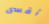
أقسى